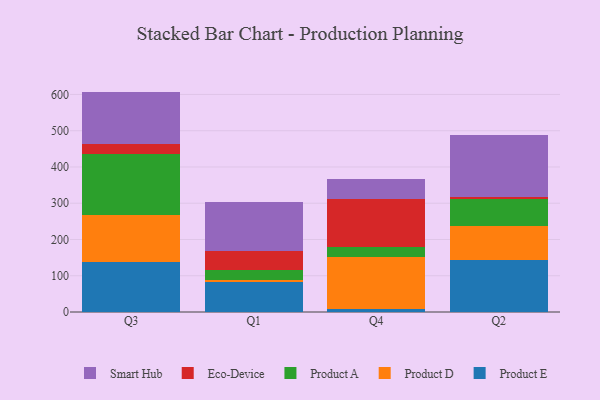
{"axis": {"x": "Quarter", "y": "Production Output"}, "legend": ["Eco-Device", "Product A", "Product D", "Product E", "Smart Hub"], "data": [{"x": "Q3", "y": 138.0, "type": "Product E"}, {"x": "Q3", "y": 129.5, "type": "Product D"}, {"x": "Q3", "y": 169.2, "type": "Product A"}, {"x": "Q3", "y": 27.6, "type": "Eco-Device"}, {"x": "Q3", "y": 143.6, "type": "Smart Hub"}, {"x": "Q1", "y": 81.6, "type": "Product E"}, {"x": "Q1", "y": 7.5, "type": "Product D"}, {"x": "Q1", "y": 25.4, "type": "Product A"}, {"x": "Q1", "y": 53.0, "type": "Eco-Device"}, {"x": "Q1", "y": 135.8, "type": "Smart Hub"}, {"x": "Q4", "y": 8.6, "type": "Product E"}, {"x": "Q4", "y": 142.3, "type": "Product D"}, {"x": "Q4", "y": 28.2, "type": "Product A"}, {"x": "Q4", "y": 133.1, "type": "Eco-Device"}, {"x": "Q4", "y": 54.1, "type": "Smart Hub"}, {"x": "Q2", "y": 144.1, "type": "Product E"}, {"x": "Q2", "y": 93.0, "type": "Product D"}, {"x": "Q2", "y": 75.0, "type": "Product A"}, {"x": "Q2", "y": 6.0, "type": "Eco-Device"}, {"x": "Q2", "y": 170.8, "type": "Smart Hub"}]}